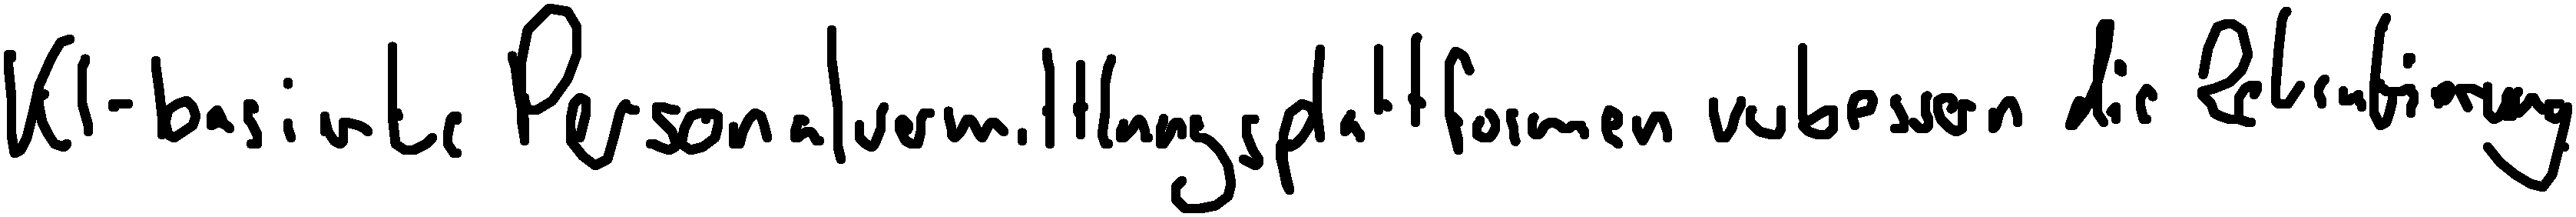
KI-basierte Personalvermittlungsplattformen verbessern die Rekrutierung.